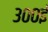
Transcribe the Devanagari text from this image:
३००ई